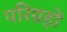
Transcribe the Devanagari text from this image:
परिग्रहों